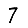
Digit: 7